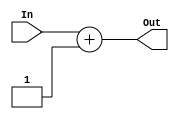
// Adder (increment by 1)
module Adder (output reg [5:0] Out, input [5:0] In);
    always @ (In) begin
        Out = In + 6'b000001;
    end
endmodule

// Increment Register
module IncrementerRegister (output reg [5:0] Out, input [5:0] In, input Clk);
    always @ (posedge Clk) begin
        Out = In;
    end
endmodule

// // Incrementer - connecting components
// module Incrementer (output [5:0] Out, input [5:0] In, input Clk);
//     wire [5:0] Add2Reg;
//     Adder adder (Add2Reg, In);
//     IncrementerRegister register (Out, Add2Reg, Clk);
// endmodule

// // Incrementer testing module
// module IncreTester;
//     reg [5:0] In;
//     reg Clk;
//     wire [5:0] Out;
    
//     Incrementer incrementer (Out, In, Clk);
    
//     initial #100 $finish;

//     initial begin       // Clock
//         Clk = 1'b0;
//         repeat (1000) #1 Clk = ~Clk;
//     end

//     initial begin fork
//         #5 In = 0;
//         #10 In = Out;
//         #15 In = Out;
//         #20 In = 5'b011010;
//         #25 In = Out;
//         #30 In = Out;
//         #35 In = Out;
//     join
//     end

//     initial begin
//         $display("IN        OUT                 TIME");
//         $monitor("%d        %d  %d", In, Out, $time);
//     end
// endmodule